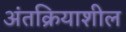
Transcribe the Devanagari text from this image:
अंतक्रियाशील